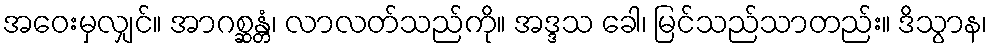
အဝေးမှလျှင်။ အာဂစ္ဆန္တံ၊ လာလတ်သည်ကို။ အဒ္ဒသ ခေါ၊ မြင်သည်သာတည်း။ ဒိသွာန၊